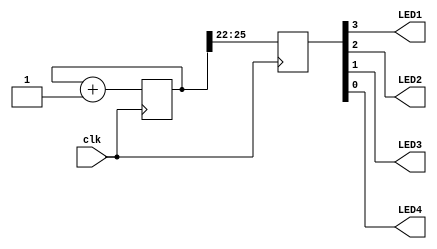
module blink 
(
  input  clk,
  output LED1,
  output LED2,
  output LED3,
  output LED4,
);
  localparam bits = 4;
  localparam delay = 22;
  reg [ bits + delay-1 :0 ] counter = 0;
  reg [ bits - 1 :0] out;
  always @(posedge clk) begin
    counter <= counter + 1;
    out <= counter >> delay;
  end
  assign { LED1, LED2, LED3, LED4 } = out;
endmodule